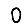
Digit: 0